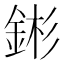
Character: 𬫕